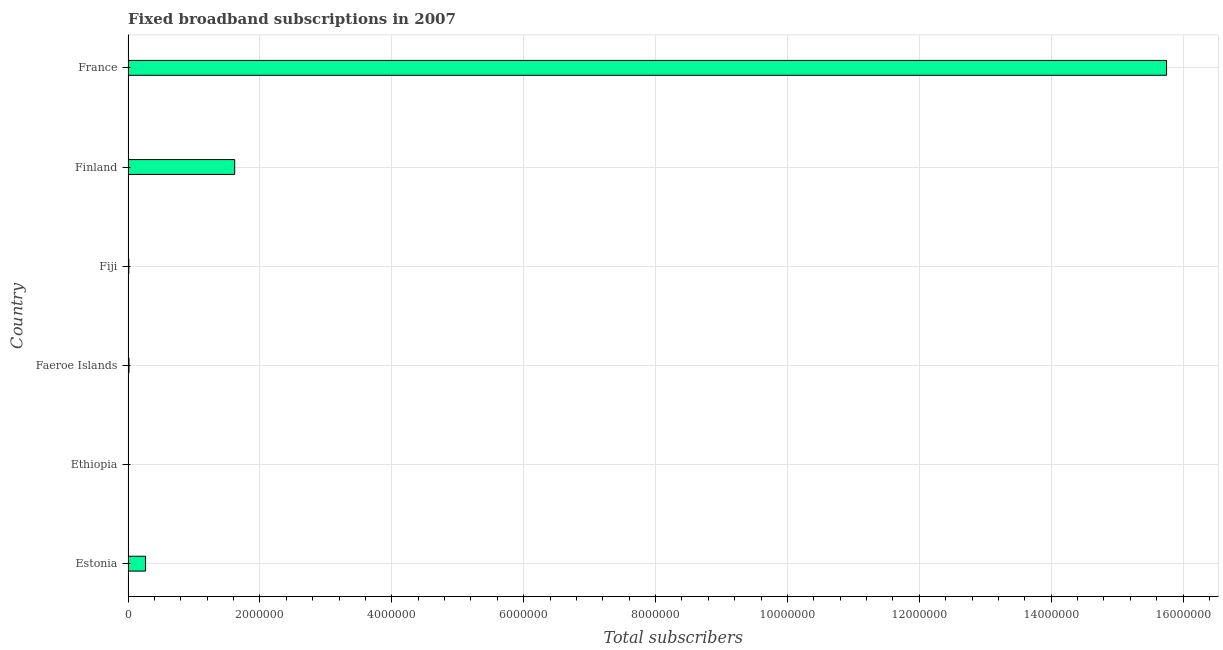
| Country | Fixed broadband subscriptions |
 | --- | --- |
 | Estonia | 2.65e+05 |
 | Ethiopia | 1.04e+03 |
 | Faeroe Islands | 1.45e+04 |
 | Fiji | 1.15e+04 |
 | Finland | 1.62e+06 |
 | France | 1.58e+07 |